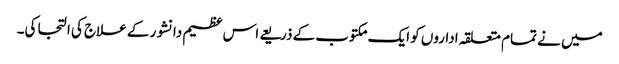
میں نے تمام متعلقہ اداروں کو ایک مکتوب کے ذریعے اس عظیم دانشور کے علاج کی التجا کی۔